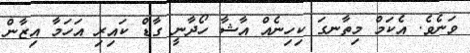
ވަނެވެ. އެކަމް މިތާނގަ ކިހިނެއް އާޝާ ހޯދާނީ ގާޑް ކައިރި އަހަމާ އިޒާން